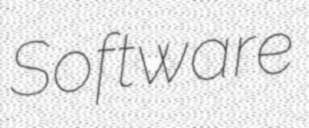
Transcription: Software